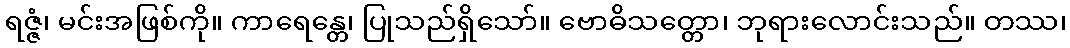
ရဇ္ဇံ၊ မင်းအဖြစ်ကို။ ကာရေန္တေ၊ ပြုသည်ရှိသော်။ ဗောဓိသတ္တော၊ ဘုရားလောင်းသည်။ တဿ၊